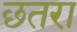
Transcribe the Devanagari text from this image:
छतरा